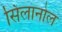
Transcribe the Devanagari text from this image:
सिलानोल